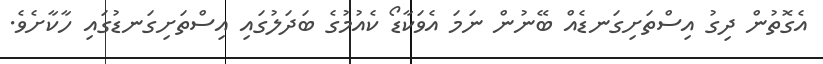
އެގޮތުން ދިގު އިސްތަށިގަނޑެއް ބޭނުން ނަމަ އެވަކާޑޯ ކެއުމުގެ ބަދަލުގައި އިސްތަށިގަނޑުގައި ހާކާށެވެ.